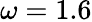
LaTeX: \omega=1.6